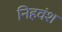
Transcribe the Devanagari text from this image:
निहवंश